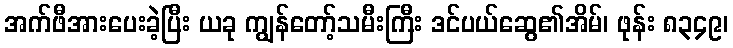
အက်ဖီအားပေးခဲ့ပြီး ယခု ကျွန်တော့်သမီးကြီး ဒင်ပယ်ဆွေ၏အိမ်၊ ဖုန်း ၈၃၄၉၊